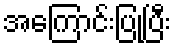
အကြောင်းပြုပြီး